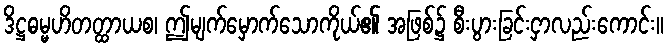
ဒိဋ္ဌဓမ္မဟိတတ္ထာယစ၊ ဤမျက်မှောက်သောကိုယ်၏ အဖြစ်၌ စီးပွားခြင်းငှာလည်းကောင်း။